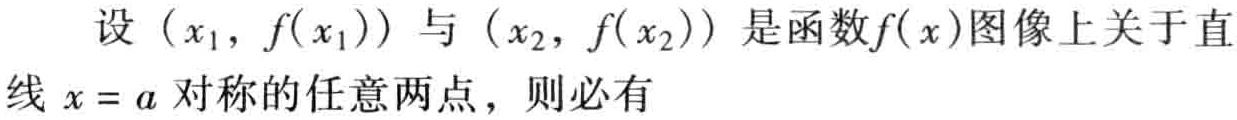
设\((x_1,f(x_1))\)与\((x_2,f(x_2))\)是函数\(f(x)\)图像上关于直线\(x = a\)对称的任意两点，则必有